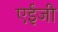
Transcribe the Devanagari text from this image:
एईजी